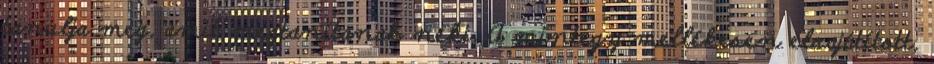
tanulja meg, amit megtanítanak neki. A mintegy mellékesen elsajátított,